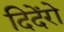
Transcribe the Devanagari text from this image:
दिदेंरो